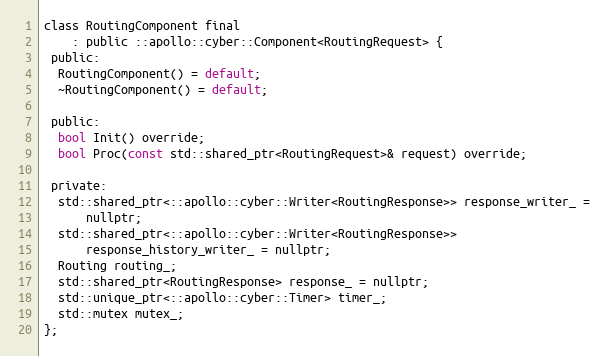
Language: C
class RoutingComponent final
    : public ::apollo::cyber::Component<RoutingRequest> {
 public:
  RoutingComponent() = default;
  ~RoutingComponent() = default;

 public:
  bool Init() override;
  bool Proc(const std::shared_ptr<RoutingRequest>& request) override;

 private:
  std::shared_ptr<::apollo::cyber::Writer<RoutingResponse>> response_writer_ =
      nullptr;
  std::shared_ptr<::apollo::cyber::Writer<RoutingResponse>>
      response_history_writer_ = nullptr;
  Routing routing_;
  std::shared_ptr<RoutingResponse> response_ = nullptr;
  std::unique_ptr<::apollo::cyber::Timer> timer_;
  std::mutex mutex_;
};